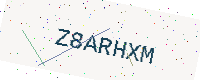
Text: Z8ARHXM